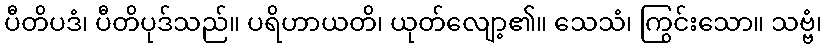
ပီတိပဒံ၊ ပီတိပုဒ်သည်။ ပရိဟာယတိ၊ ယုတ်လျော့၏။ သေသံ၊ ကြွင်းသော။ သဗ္ဗံ၊